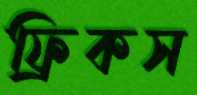
ফ্রিকস